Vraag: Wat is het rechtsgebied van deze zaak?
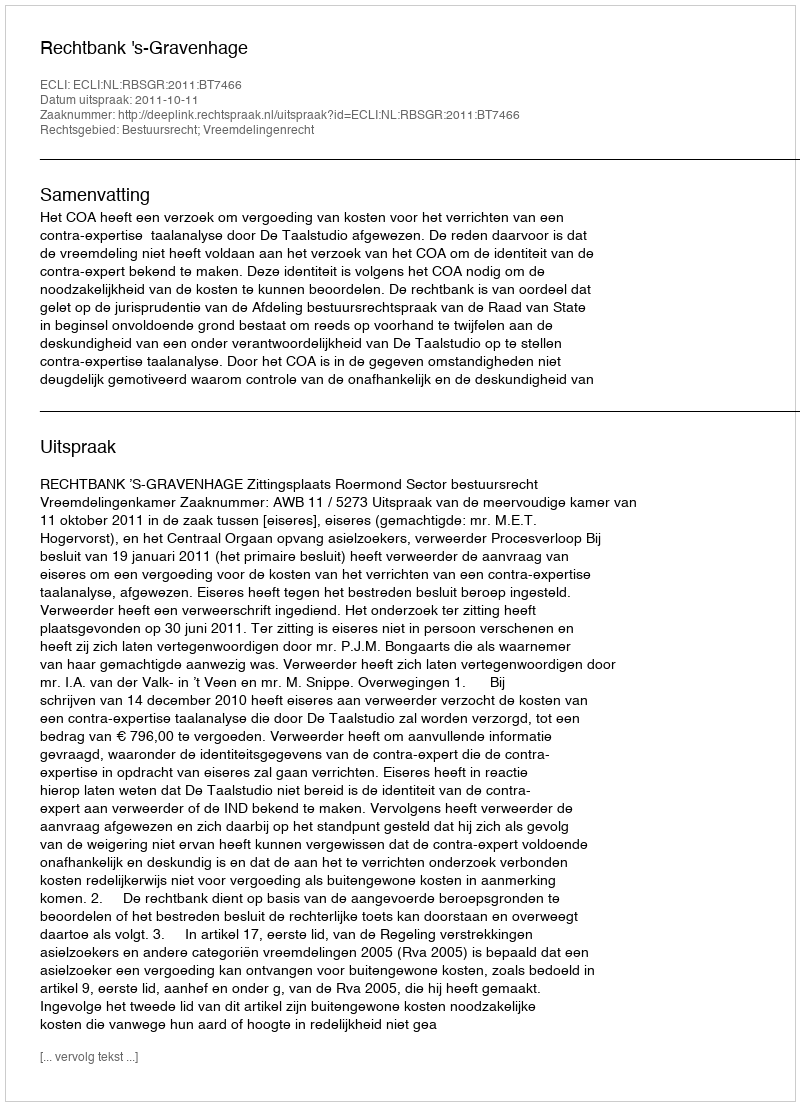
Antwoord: Bestuursrecht; Vreemdelingenrecht